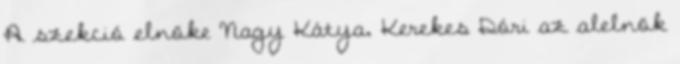
A szekció elnöke Nagy Kátya, Kerekes Dóri az alelnök